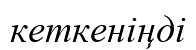
кеткеніңді